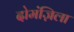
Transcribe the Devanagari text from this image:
दोमंज़िला